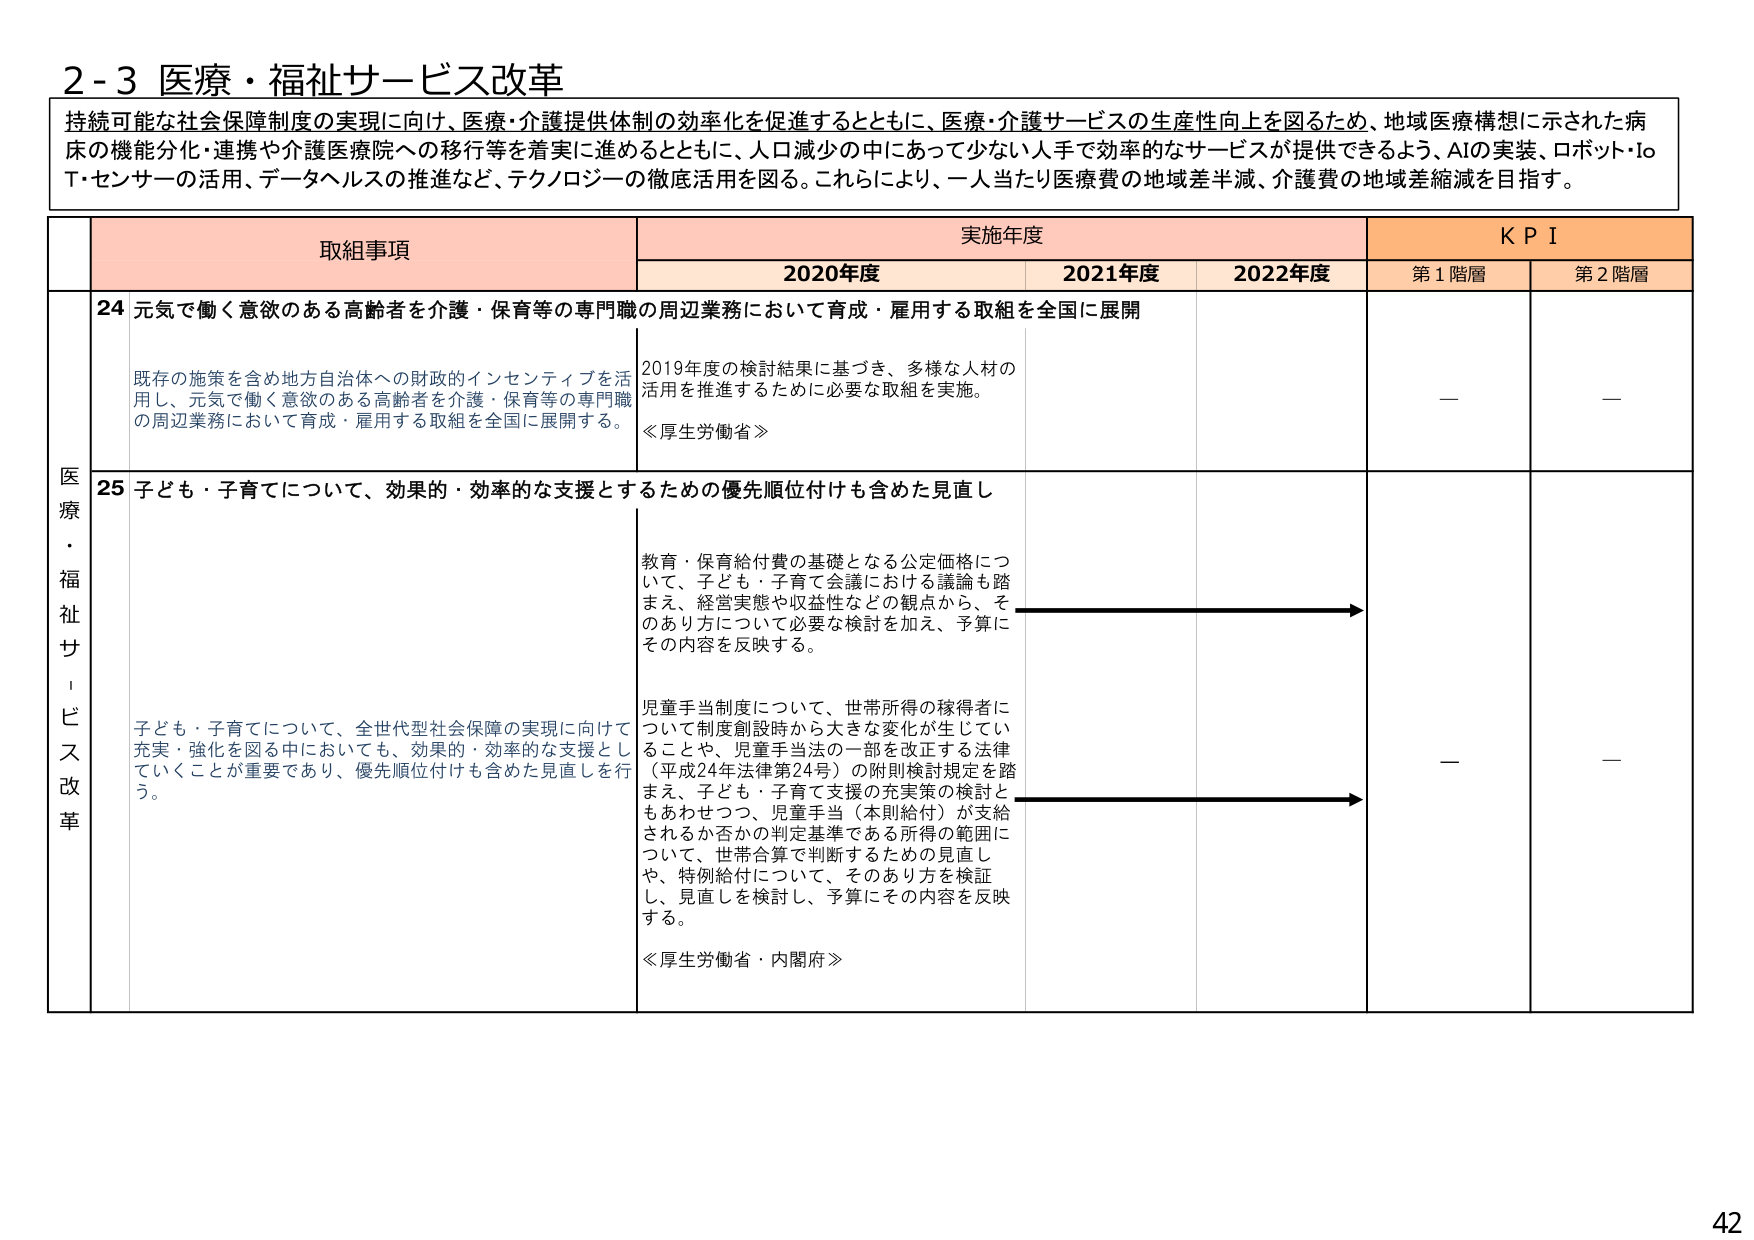
2-3 医療・福祉サービス改革

持続可能な社会保障制度の実現に向け、医療・介護提供体制の効率化を促進するとともに、医療・介護サービスの生産性向上を図るため、地域医療構想に示された病床の機能分化・連携や介護医療院への移行等を着実に進めるとともに、人口減少の中であって少ない人手で効率的なサービスが提供できるよう、AIの実装、ロボット・IoT・センサーの活用、データヘルスの推進など、テクノロジーの徹底活用を図る。これにより、一人当たり医療費の地域差半減、介護費の地域差縮減を目指す。

取組事項 実施年度 KPI
2020年度 2021年度 2022年度 第1階層 第2階層

医療・福祉サービス改革

24 元気で働く意欲のある高齢者を介護・保育等の専門職の周辺業務において育成・雇用する取組を全国に展開

既存の施策を含め地方自治体への財政的インセンティブを活用し、元気で働く意欲のある高齢者を介護・保育等の専門職の周辺業務において育成・雇用する取組を全国に展開する。

2019年度の検討結果に基づき、多様な人材の活用を推進するために必要な取組を実施。
≪厚生労働省≫

—

—

25 子ども・子育てについて、効果的・効率的な支援とするための優先順位付けも含めた見直し

子ども・子育てについて、全世代型社会保障の実現に向けて充実・強化を図る中においても、効果的・効率的な支援としていくことが重要であり、優先順位付けも含めた見直しを行う。

教育・保育給付費の基礎となる公定価格について、子ども・子育て会議における議論も踏まえ、経営実態や収益性などの観点から、そのあり方について必要な検討を加え、予算にその内容を反映する。

児童手当制度について、世帯所得の稼得者について制度創設時から大きな変化が生じていることや、児童手当法の一部を改正する法律（平成24年法律第24号）の附則検討規定を踏まえ、子ども・子育て支援の充実策の検討ともあわせつつ、児童手当（本則給付）が支給されるか否かの判定基準である所得の範囲について、世帯合算で判断するための見直しや、特例給付について、そのあり方を検証し、見直しを検討し、予算にその内容を反映する。
≪厚生労働省・内閣府≫

—

—

42